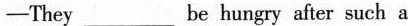
——They ___be hungry after such a